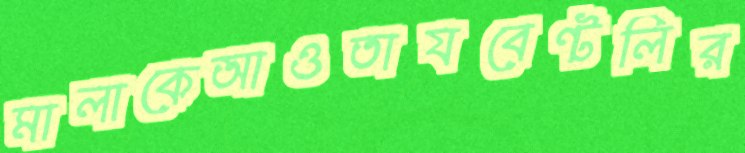
মালাকেআওতাযবেন্টলির